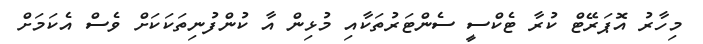
މިހާރު އޮޕަރޭޓް ކުރާ ޓެކްސީ ސެންޓަރުތަކާއި މުޅިން އާ ކުންފުނިތަކަކަށް ވެސް އެކަމަށް